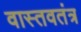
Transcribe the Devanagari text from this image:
वास्तवतंत्र